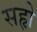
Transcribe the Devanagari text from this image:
सहृो